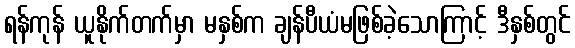
ရန်ကုန် ယူနိုက်တက်မှာ မနှစ်က ချန်ပီယံမဖြစ်ခဲ့သောကြာင့် ဒီနှစ်တွင်